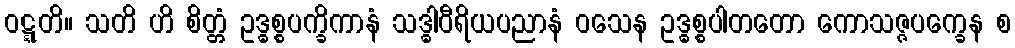
ဝဋ္ဋတိ။ သတိ ဟိ စိတ္တံ ဥဒ္ဓစ္စပက္ခိကာနံ သဒ္ဓါဝီရိယပညာနံ ဝသေန ဥဒ္ဓစ္စပါတတော ကောသဇ္ဇပက္ခေန စ